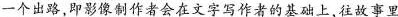
-个出路即影像制作者会在文字写作者的基础上往故事里